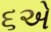
૬એ